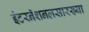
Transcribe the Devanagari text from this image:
इंटरनॅशनलसारख्या